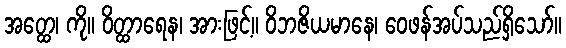
အတ္ထေ၊ ကို။ ဝိတ္ထာရေန၊ အားဖြင့်။ ဝိဘဇိယမာနေ၊ ဝေဖန်အပ်သည်ရှိသော်။